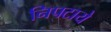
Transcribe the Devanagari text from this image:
निपटाये